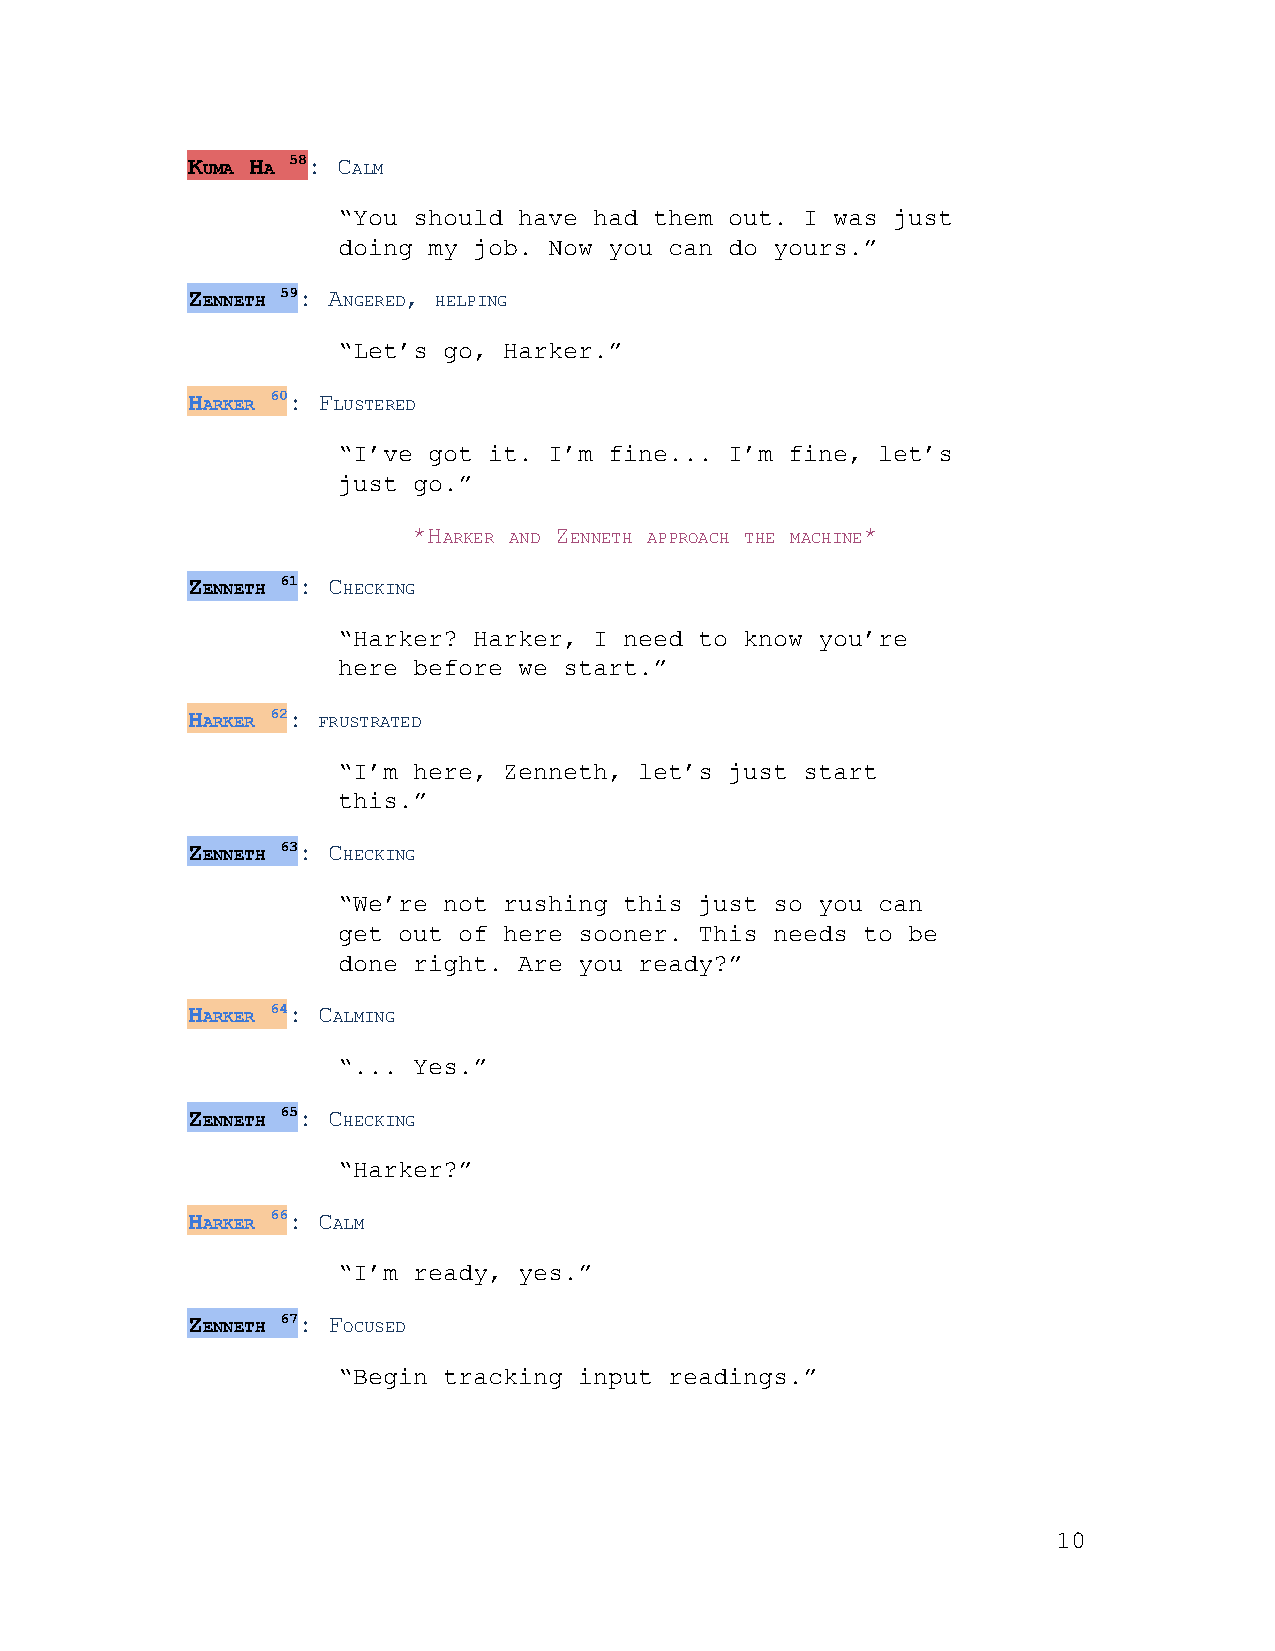
KUMA HA 58 ​: CALM
 ​ ​ ​ ​ ​ ​
 “You should have had them out. I was just
 doing my job. Now you can do yours.”
 ZENNETH 59 ​: ANGERED, HELPING
 ​    ​ ​  ​   ​ ​
 “Let’s go, Harker.”
 HARKER 60 ​: FLUSTERED
 ​   ​ ​  ​
 “I’ve got it. I’m fine... I’m fine, let’s
 just go.”
 *HARKER AND ZENNETH APPROACH THE MACHINE*
 ​   ​ ​ ​ ​  ​ ​   ​ ​ ​ ​  ​
 ZENNETH 61 ​: CHECKING
 ​    ​ ​  ​
 “Harker? Harker, I need to know you’re
 here before we start.”
 HARKER 62 ​: FRUSTRATED
 ​   ​ ​ ​
 “I’m here, Zenneth, let’s just start
 this.”
 ZENNETH 63 ​: CHECKING
 ​    ​ ​  ​
 “We’re not rushing this just so you can
 get out of here sooner. This needs to be
 done right. Are you ready?”
 HARKER 64 ​: CALMING
 ​   ​ ​  ​
 “... Yes.”
 ZENNETH 65 ​: CHECKING
 ​    ​ ​  ​
 “Harker?”
 HARKER 66 ​: CALM
 ​   ​ ​  ​
 “I’m ready, yes.”
 ZENNETH 67 ​: FOCUSED
 ​    ​ ​  ​
 “Begin tracking input readings.”
 10